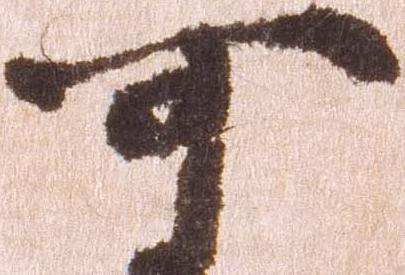
可